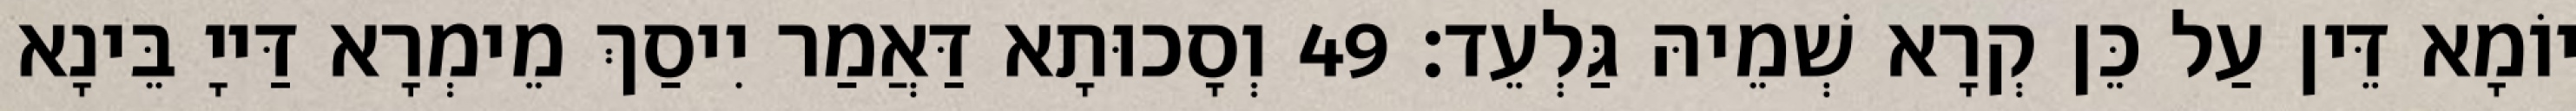
יוֹמָא דֵּין עַל כֵּן קְרָא שְׁמֵיהּ גַּלְעֵד׃ 49 וְסָכוּתָא דַּאֲמַר יִיסַךְ מֵימְרָא דַּייָ בֵּינָא